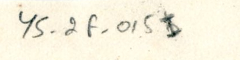
YS_2F_015I